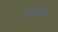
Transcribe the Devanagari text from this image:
पूर्नमूल्यांकन